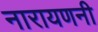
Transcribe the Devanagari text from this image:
नारायणनी